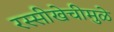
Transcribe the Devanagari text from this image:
रस्सीखेचीमुळे